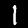
Digit: 1